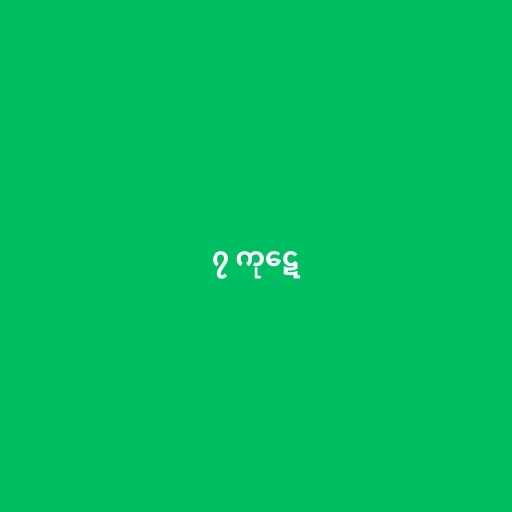
၇ ကုဋေ